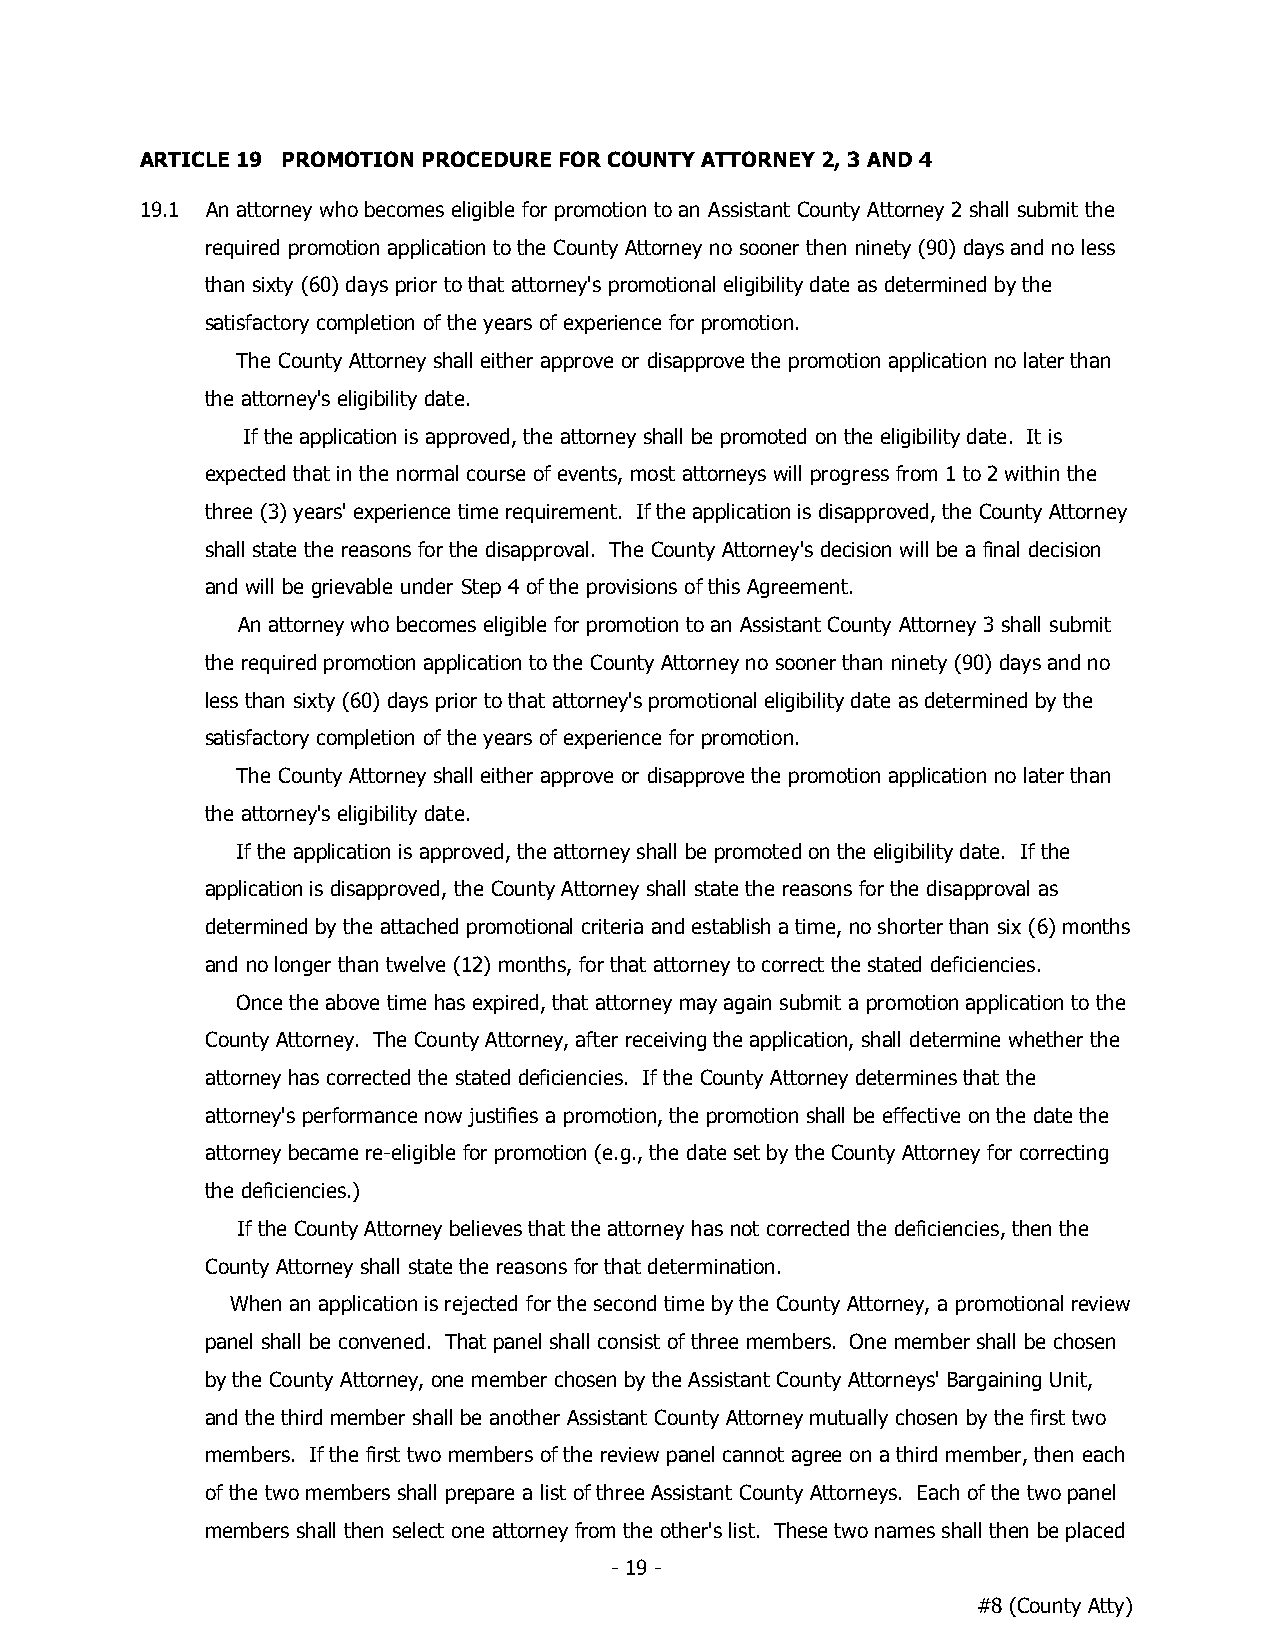
ARTICLE 19 PROMOTION PROCEDURE FOR COUNTY ATTORNEY 2, 3 AND 4
 19.1 An attorney who becomes eligible for promotion to an Assistant County Attorney 2 shall submit the
 required promotion application to the County Attorney no sooner then ninety (90) days and no less
 than sixty (60) days prior to that attorney's promotional eligibility date as determined by the
 satisfactory completion of the years of experience for promotion.
 The County Attorney shall either approve or disapprove the promotion application no later than
 the attorney's eligibility date.
 If the application is approved, the attorney shall be promoted on the eligibility date. It is
 expected that in the normal course of events, most attorneys will progress from 1 to 2 within the
 three (3) years' experience time requirement. If the application is disapproved, the County Attorney
 shall state the reasons for the disapproval. The County Attorney's decision will be a final decision
 and will be grievable under Step 4 of the provisions of this Agreement.
 An attorney who becomes eligible for promotion to an Assistant County Attorney 3 shall submit
 the required promotion application to the County Attorney no sooner than ninety (90) days and no
 less than sixty (60) days prior to that attorney's promotional eligibility date as determined by the
 satisfactory completion of the years of experience for promotion.
 The County Attorney shall either approve or disapprove the promotion application no later than
 the attorney's eligibility date.
 If the application is approved, the attorney shall be promoted on the eligibility date. If the
 application is disapproved, the County Attorney shall state the reasons for the disapproval as
 determined by the attached promotional criteria and establish a time, no shorter than six (6) months
 and no longer than twelve (12) months, for that attorney to correct the stated deficiencies.
 Once the above time has expired, that attorney may again submit a promotion application to the
 County Attorney. The County Attorney, after receiving the application, shall determine whether the
 attorney has corrected the stated deficiencies. If the County Attorney determines that the
 attorney's performance now justifies a promotion, the promotion shall be effective on the date the
 attorney became re-eligible for promotion (e.g., the date set by the County Attorney for correcting
 the deficiencies.)
 If the County Attorney believes that the attorney has not corrected the deficiencies, then the
 County Attorney shall state the reasons for that determination.
 When an application is rejected for the second time by the County Attorney, a promotional review
 panel shall be convened. That panel shall consist of three members. One member shall be chosen
 by the County Attorney, one member chosen by the Assistant County Attorneys' Bargaining Unit,
 and the third member shall be another Assistant County Attorney mutually chosen by the first two
 members. If the first two members of the review panel cannot agree on a third member, then each
 of the two members shall prepare a list of three Assistant County Attorneys. Each of the two panel
 members shall then select one attorney from the other's list. These two names shall then be placed
 - 19 -
 #8 (County Atty)